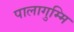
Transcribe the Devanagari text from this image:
पालागुम्मि